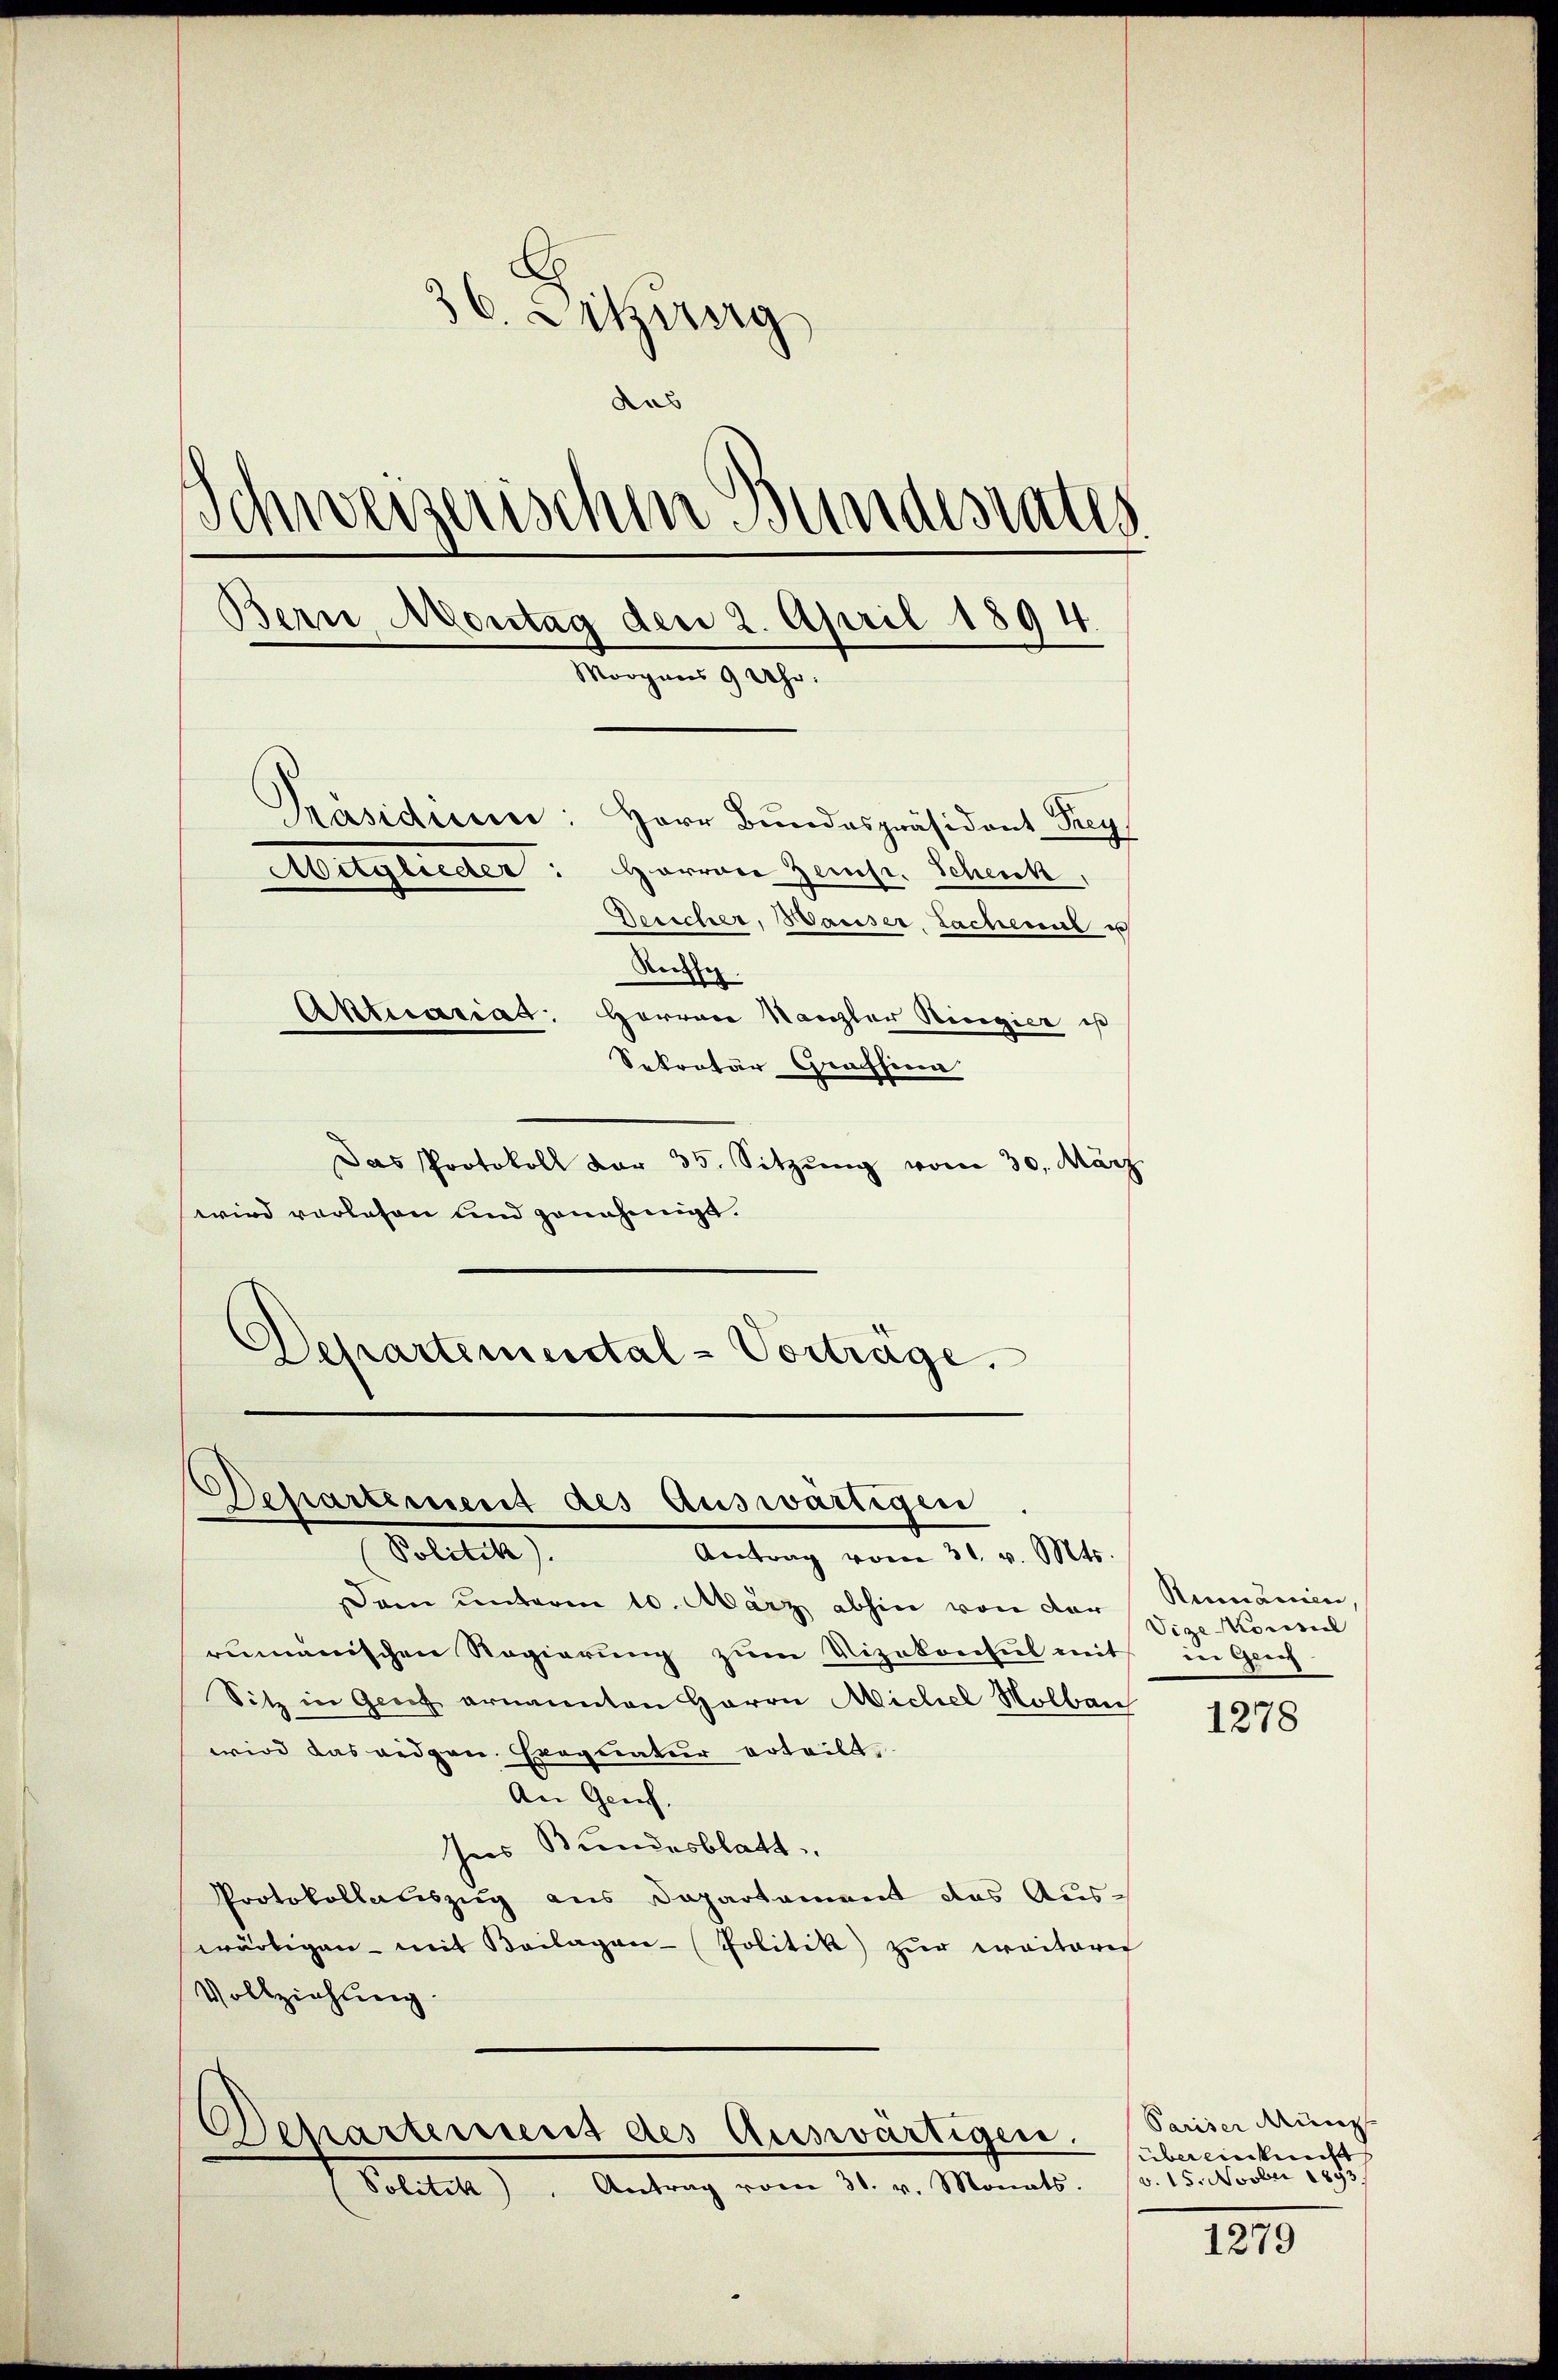
36. Sitzberg
dus
Schweizerischen Bundesrates
Bern, Montag der 2. April 1894.
Morgens 9 Uhr.
Präsidium
Herr Bundespräsident Frey
Aitglieder
Horrer Zeinst. Scheick,
Desicher, Waiser, Sachenal e
Reiffe.
Aktuariat. Herren Kanzler Ringier ist
Sekretär Graffina

Das Protokoll dar 35. Sitzŭng vom 30. März
wird vorlesen und genehmigt.

Departemental-Vortrage.
Departement des Auswärtigen
Petitel
Antrag vom 31. v. Mts.

am unterm 10. März abhin von der
rumänischen Regierung zŭm Vizekonsul mit
Sitz in Genf ernannten Herrn Michel Nolbau
wird das eidgen. Exequatur erteilt
An Genf
Ins Bundesblatt
Protokollariszug aus Departement das Auswärtigen - mit Beilagen- Politik zur weiterer
Vollziehung

Politik. Antrag vom 31. v. Monats.

Departement des Auswärtigen.

Rumänien
Vige Konsul
in Greif

1278

Pariser Münzs
übereinkunft
v. 15. Novber 1893

1279